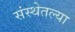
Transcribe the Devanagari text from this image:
संस्थेतल्या